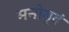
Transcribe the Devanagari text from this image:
मनोमुदं